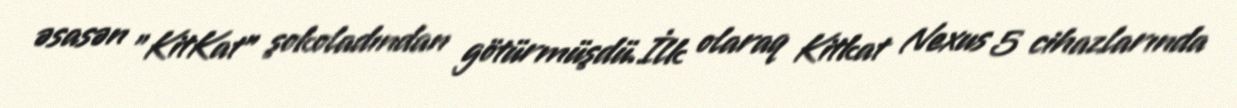
əsasən "KitKat" şokoladından götürmüşdü.İlk olaraq Kitkat Nexus 5 cihazlarında